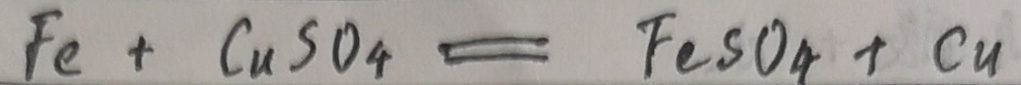
F e + C u S O _ { 4 } = F e S O _ { 4 } + C u